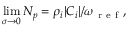
\operatorname* { l i m } _ { \sigma \to 0 } N _ { p } = \rho _ { i } | C _ { i } | / \omega _ { \mathrm { ~ r ~ e ~ f ~ } } ,